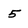
Character: 5